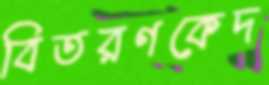
বিতরণকেদ